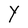
Character: Y